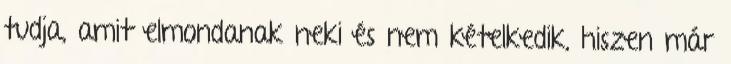
tudja, amit elmondanak neki és nem kételkedik, hiszen már